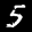
Label: 5